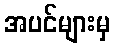
အပင်များမှ